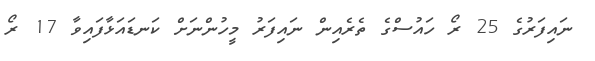
ނައިފަރުގެ 25 ރޯ ހައުސްގެ ތެރެއިން ނައިފަރު މީހުންނަށް ކަނޑައަޅާފައިވާ 17 ރޯ